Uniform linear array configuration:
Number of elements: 12
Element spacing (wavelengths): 1
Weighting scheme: binomial
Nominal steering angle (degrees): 60
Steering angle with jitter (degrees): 60.869
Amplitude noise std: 0.05
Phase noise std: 0.05

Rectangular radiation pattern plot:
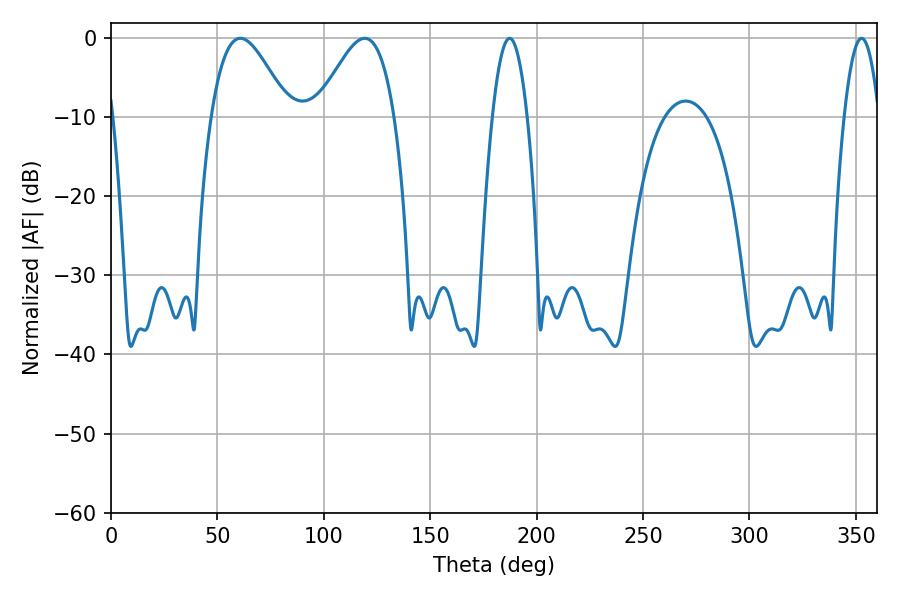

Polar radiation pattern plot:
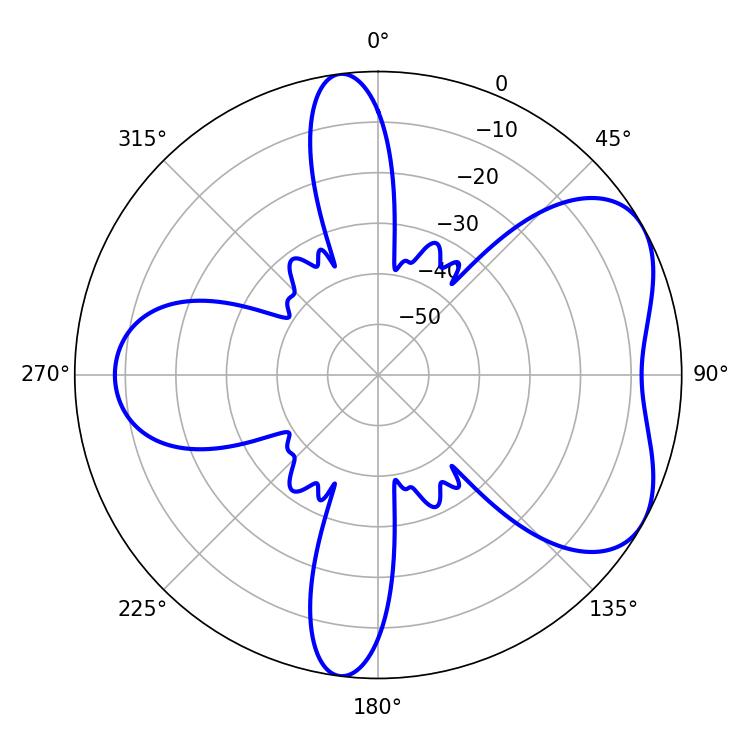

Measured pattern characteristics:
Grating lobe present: TRUE
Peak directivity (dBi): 5.392
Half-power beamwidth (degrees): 19.44
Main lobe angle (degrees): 60.84